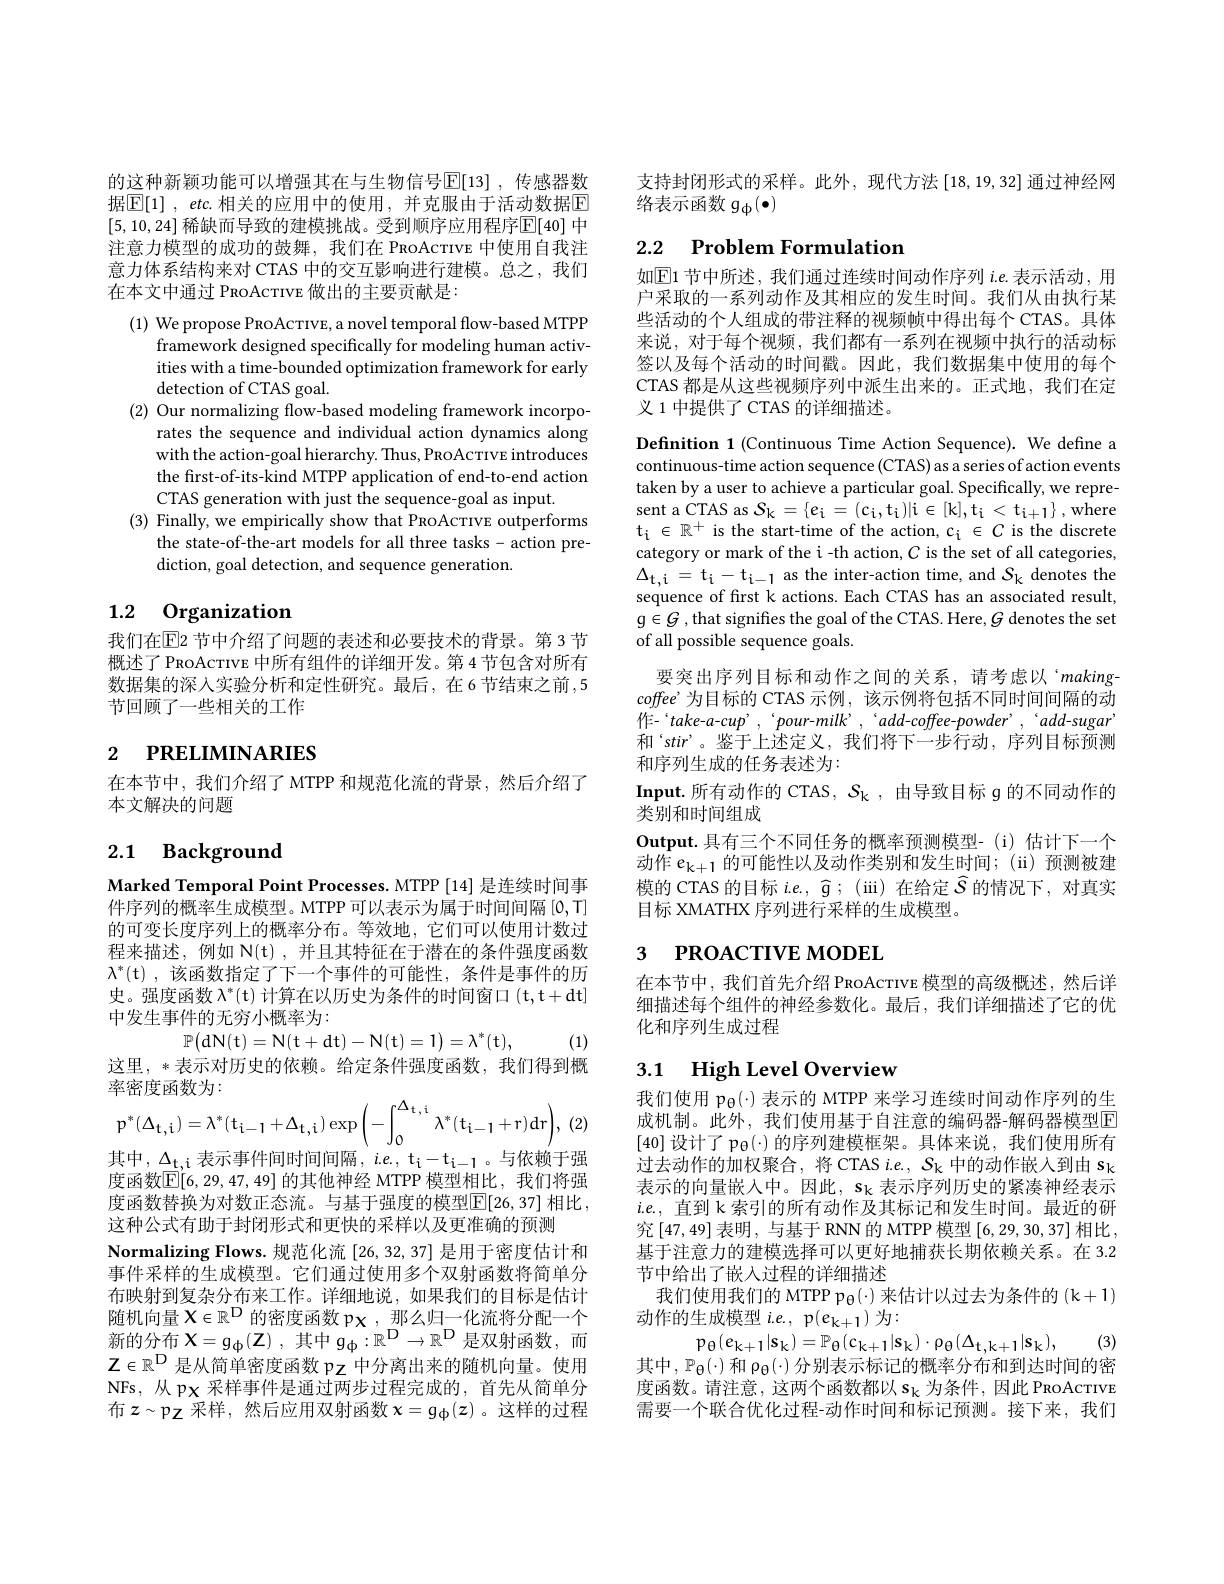
的这种新颖功能可以增强其在与生物信号$\mathbb{E}[13]$ ,传感器数据$\boxed{\mathbb{E} }[ 1]$ , $etc.$相关的应用中的使用，并克服由于活动数据$\boxed{\mathbb{E}}$ [5,10,24] 稀缺而导致的建模挑战。受到顺序应用程序$\overline{\mathbb{E}}[40]$ 中注意力模型的成功的鼓舞，我们在 PRoAcTIvE 中使用自我注意力体系结构来对 CTAS 中的交互影响进行建模。总之，我们在本文中通过 PROACTIVE 做出的主要贡献是：

(1) We propose PROAcTIVE, a novel temporal flow-based MTPP
framework designed specifically for modeling human activities with a time-bounded optimization framework for early detection of CTAS goal.
(2) Our normalizing flow-based modeling framework incorpo-
rates the sequence and individual action dynamics along with the action-goal hierarchy. Thus, PROAcTIvE introduces the first-of-its-kind MTPP application of end-to-end action CTAS generation with just the sequence-goal as input.
(3) Finally, we empirically show that PRoAcTIvE outperforms
the state-of-the-art models for all three tasks- action pre-
diction, goal detection, and sequence generation.

## 1.2 Organization

我们在$\overline{\mathrm{E}}$2 节中介绍了问题的表述和必要技术的背景。第 3 节概述了 PRoAcrıve 中所有组件的详细开发。第 4 节包含对所有数据集的深入实验分析和定性研究。最后，在6节结束之前，5节回顾了一些相关的工作

# 2 РRELIMINARIES

在本节中，我们介绍了 MTPP 和规范化流的背景，然后介绍了
本文解决的问题

# 2.1 Background

Marked Temporal Point Processes. MTPP [14] 是连续时间事件序列的概率生成模型。MTPP 可以表示为属于时间间隔 [0,T] 的可变长度序列上的概率分布。等效地，它们可以使用计数过程来描述，例如 N(t),并且其特征在于潜在的条件强度函数$\lambda^*($t),该函数指定了下一个事件的可能性，条件是事件的历史。强度函数$\lambda^*($t) 计算在以历史为条件的时间窗口 (t,t+dt] 中发生事件的无穷小概率为：
$$\mathbb{P}\big(\mathrm d\mathrm N(\mathrm t)=\mathrm N(\mathrm t+\mathrm d\mathrm t)-\mathrm N(\mathrm t)=1\big)=\lambda^*(\mathrm t),$$
(1)

这里，*表示对历史的依赖。给定条件强度函数，我们得到概
率密度函数为：
$$\mathbf{p}^{*}(\Delta_{\mathbf{t},\mathbf{i}})=\lambda^{*}(\mathbf{t}_{\mathbf{i}-\mathbf{1}}+\Delta_{\mathbf{t},\mathbf{i}})\exp\left(-\int_{0}^{\Delta_{\mathbf{t},\mathbf{i}}}\lambda^{*}(\mathbf{t}_{\mathbf{i}-\mathbf{1}}+\mathbf{r})\:\mathrm{d}\mathbf{r}\right),$$
(2,

其中，$\Delta_\mathrm{t,i}$表示事件间时间间隔，$ie.$, t$_\mathrm{i-1}$。与依赖于强度函数$\mathbb{E}[6,29,47,49]$ 的其他神经 MTPP 模型相比，我们将强度函数替换为对数正态流。与基于强度的模型$\boxed{\mathrm{F}}[26,37]$ 相比， 这种公式有助于封闭形式和更快的采样以及更准确的预测
Normalizing Flows. 规范化流[26,32,37] 是用于密度估计和事件采样的生成模型。它们通过使用多个双射函数将简单分布映射到复杂分布来工作。详细地说，如果我们的目标是估计随机向量$X\in\mathbb{R}^\mathrm{D}$的密度函数 px, 那么归一化流将分配一个新的分布$X=g_{\Phi}(\mathbf{Z})$,其中$g_{\Phi}:\mathbb{R}^{\mathrm{D}}\to\mathbb{R}^{\mathrm{D}}$是双射函数，而$\mathbb{Z}\in\mathbb{R}^{\mathbb{D}}$是从简单密度函数 pz 中分离出来的随机向量。使用NFs,从 px 采样事件是通过两步过程完成的，首先从简单分布$z\sim\mathfrak{p}_\mathrm{Z}$ 采样，然后应用双射函数 $x=\mathfrak{g}_\mathrm{\Phi}(z)$ 。这样的过程

支持封闭形式的采样。此外，现代方法[18,19,32]通过神经网
络表示函数$g_{\Phi}(\bullet)$

# 2.2 $\textbf{Problem Formulation}$

如$\mathbb{E}$1 节中所述，我们通过连续时间动作序列 $i.e.$ 表示活动，用户采取的一系列动作及其相应的发生时间。我们从由执行某些活动的个人组成的带注释的视频帧中得出每个 CTAS。具体来说，对于每个视频，我们都有一系列在视频中执行的活动标签以及每个活动的时间戳。因此，我们数据集中使用的每个CTAS 都是从这些视频序列中派生出来的。正式地，我们在定义 1 中提供了 CTAS 的详细描述。

Definition 1 (Continuous Time Action Sequence). We define a continuous-time action sequence (CTAS) as a series of action events taken by a user to achieve a particular goal. Specifically, we represent a CTAS as $S_{\mathrm{k} }= \{ e_{\mathrm{i} }= ( c_{\mathrm{i} }, t_{\mathrm{i} }) |$i$\in[k],t_\mathrm{i}<t_{\mathrm{i}+1}\}$,where $t_i\in\mathbb{R}^+$ is the start-time of the action, c$_i\in C$ is the discrete category or mark of the i -th action, $C$ is the set of all categories, $\Delta_{\mathrm{t,i}}=t_{\mathrm{i}}-t_{\mathrm{i-1}}$ as the inter-action time, and $S_\mathrm{k}$ denotes the sequence of first k actions. Each CTAS has an associated result, $g\in G$ ,that signifes the goal of the CTAS. Here, $G$ denotes the set of all possible sequence goals.
要突出序列目标和动作之间的关系，请考虑以‘making- $coffee’为目标的$ CTAS 示例，该示例将包括不同时间间隔的动作-“take-a-cup’,‘pour-milk’,‘add-coffee-powder’,‘add-sugar’ 和“stir”。鉴于上述定义，我们将下一步行动，序列目标预测和序列生成的任务表述为：
Input.所有动作的 CTAS, $S_\mathrm{k}$ ,由导致目标$g$的不同动作的
类别和时间组成
Output.具有三个不同任务的概率预测模型-(i)估计下一个动作$e_{\mathrm{k+1}}$的可能性以及动作类别和发生时间；(ii)预测被建模的 CTAS 的目标$i.e.,\widehat{g};($ iii) 在给定$\widehat{\mathcal{S}}$的情况下，对真实目标 XMATHX 序列进行采样的生成模型。

# 3 РROACTIVE MODEL

在本节中，我们首先介绍 PRoAcTIve 模型的高级概述，然后详细描述每个组件的神经参数化。最后，我们详细描述了它的优化和序列生成过程

# 3.1 High Level Overview

我们使用$\mathfrak{p}_{\Theta}(\cdot)$表示的 MTPP 来学习连续时间动作序列的生成机制。此外，我们使用基于自注意的编码器-解码器模型E [40]设计了 p$_{\Theta}(\cdot)$的序列建模框架。具体来说，我们使用所有过去动作的加权聚合，将 CTAS i.e., $S_\mathrm{k}$中的动作嵌人到由$s_\mathrm{k}$ 表示的向量嵌入中。因此，$s_\mathrm{k}$表示序列历史的紧凑神经表示$i.e.$,直到 k 索引的所有动作及其标记和发生时间。最近的研究$\left[47,49\right]$表明，与基于RNN 的 MTPP 模型$\left[6,29,30,37\right]$相比， 基于注意力的建模选择可以更好地捕获长期依赖关系。在 3.2节中给出了嵌入过程的详细描述
我们使用我们的 MTPP $\mathfrak{p}_{\Theta}(\cdot)$来估计以过去为条件的$(\mathfrak{k}+1)$
动作的生成模型$i.e.$, p$(e_{k+1})$为：
$p_{\theta }( e_{k+ 1}| s_{k}) = \mathbb{P} _{\theta }( c_{k+ 1}| s_{k}) \cdot \rho _{\theta }( \Delta _{t, k+ 1}| s_{k}) $, (3)

其中，$\mathbb{P}_{\Theta}(\cdot)$和$\rho_{\Theta}(\cdot)$分别表示标记的概率分布和到达时间的密

度函数。请注意，这两个函数都以$s_\mathrm{k}$为条件，因此 PRoAcTIVE 需要一个联合优化过程-动作时间和标记预测。接下来，我们